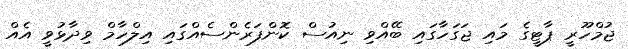
ޖުމްހޫރީ ޕާޓީގެ މައި ޖަގަހާގައި ބޭއްވި ނިއުސް ކޮންފަރެންސެއްގައި އިލްހާމް ވިދާޅުވީ އެއް